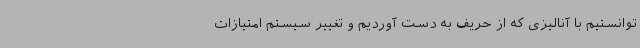
توانستیم با آنالیزی که از حریف به دست آوردیم و تغییر سیستم امتیازات